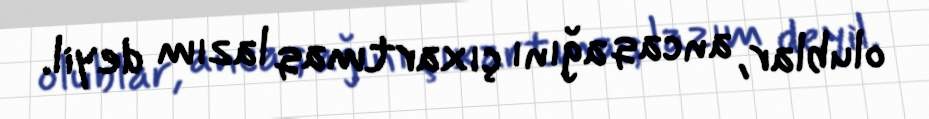
olublar, ancaq ağını çıxartmaq lazım deyil.